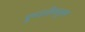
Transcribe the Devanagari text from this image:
पुण्डरीकपुरम